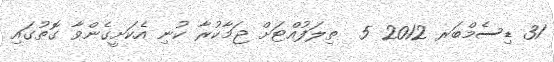
31 ޑިސެމްބަރ 2012 5  ތިލަފުއްޓަށް ޖަމާކުރާ ކުނި އެކަށީގެންވާ ގޮތުގައި